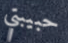
حبيبتي